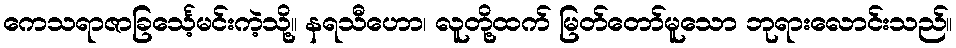
ကေသရာဇာခြင်္သေ့မင်းကဲ့သို့။ နရသီဟော၊ လူတို့ထက် မြတ်တော်မူသော ဘုရားလောင်းသည်။